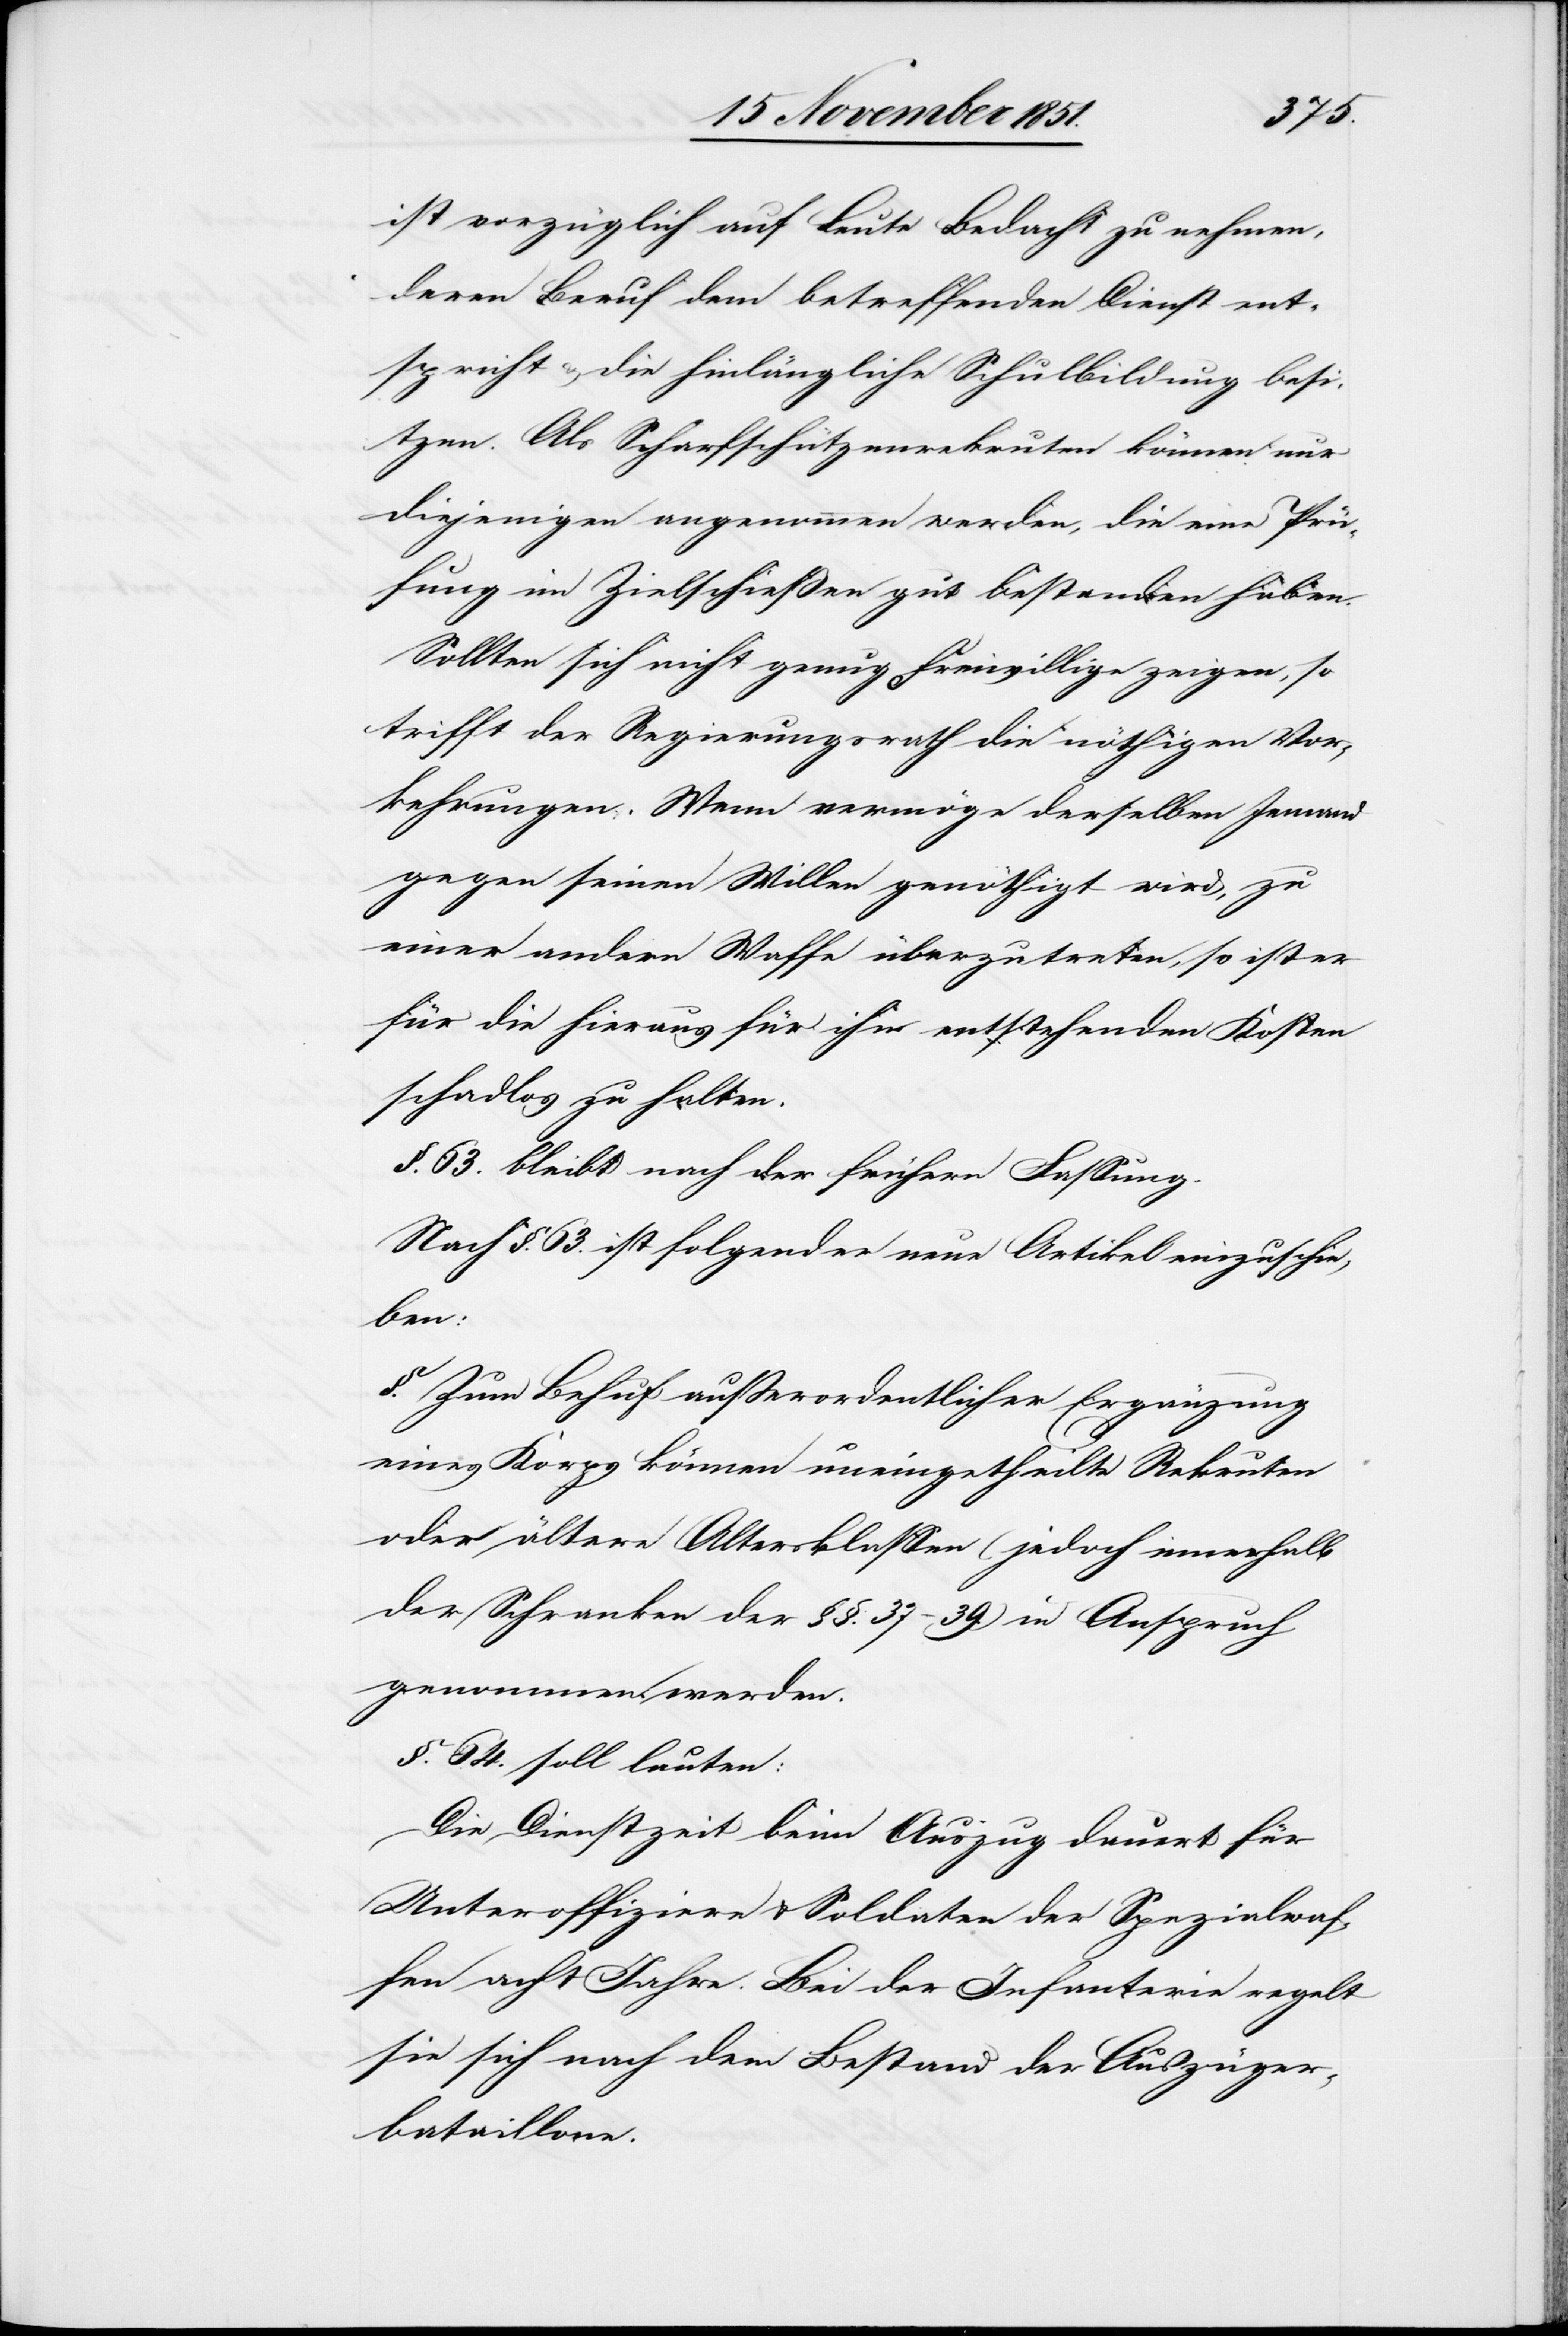
ist vorzüglich auf Leute Bedacht zu nehmen,
deren Beruf dem betreffenden Dienst ent¬
spricht & die hinlängliche Schulbildung besi¬
tzen. Als Scharfschützenrekruten können nur
diejenigen angenommen werden, die eine Prü¬
fung im Zielschießen gut bestanden haben.
Sollten sich nicht genug Freiwillige zeigen, so
trifft der Regierungsrath die nöthigen Vor¬
kehrungen. Wenn vermöge derselben Jemand
gegen seinen Willen genöthigt wird, zu
einer andern Waffe überzutreten, so ist er
für die hieraus für ihn entstehenden Kosten
schadlos zu halten.
§. 63. bleibt nach der frühern Fassung.
Nach §. 63. ist folgender neue Artikel einzuschie¬
ben:
§. Zum Behuf außerordentlicher Ergänzung
eines Korps können uneingetheilte Rekruten
oder ältere Altersklassen (jedoch innerhalb
der Schranken der §§. 37–39.) in Anspruch
genommen werden.
§. 64. soll lauten:
Die Dienstzeit beim Auszug dauert für
Unteroffiziere & Soldaten der Spezialwaf¬
fen acht Jahre. Bei der Infanterie regelt
sie sich nach dem Bestand der Auszüger¬
bataillone.